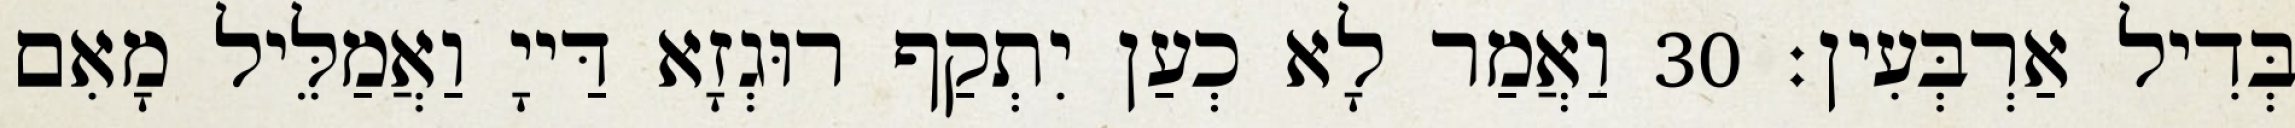
בְּדִיל אַרְבְּעִין׃ 30 וַאֲמַר לָא כְעַן יִתְקַף רוּגְזָא דַּייָ וַאֲמַלֵּיל מָאִם